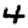
Digit: 4